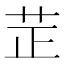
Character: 𦭒